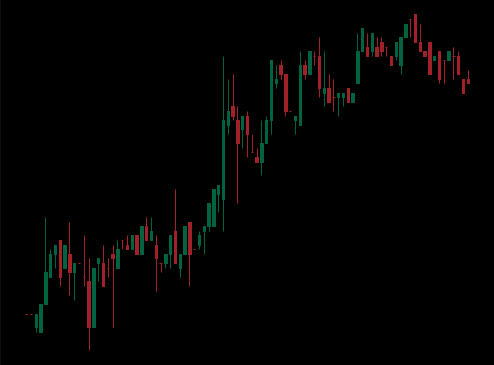
Pattern: bear_flag